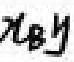
$x_{B}y$